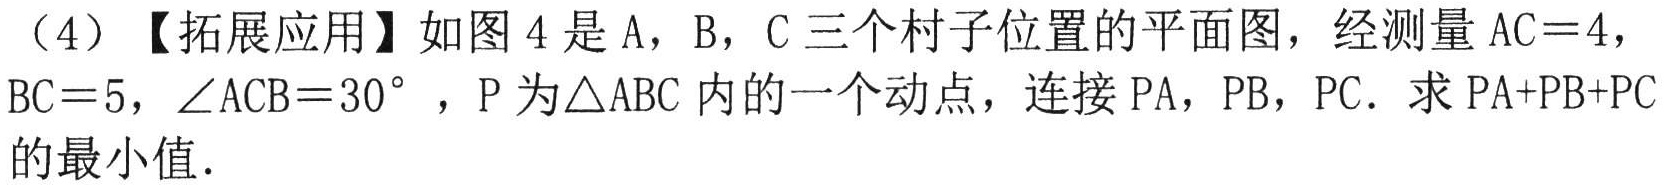
（4）【拓展应用】如图4是A，B，C三个村子位置的平面图，经测量\(AC = 4\)，\(BC = 5\)，\(\angle ACB = 30^{\circ}\)，P为\(\triangle ABC\)内的一个动点，连接\(PA\)，\(PB\)，\(PC\). 求\(PA + PB + PC\)的最小值.